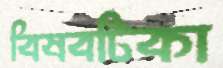
বিষবটিকা